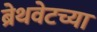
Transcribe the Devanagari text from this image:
ब्रेथवेटच्या